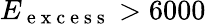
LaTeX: E_{\mathrm{~e~x~c~e~s~s~}}>6000